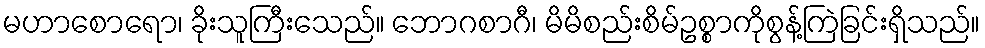
မဟာစောရော၊ ခိုးသူကြီးသေည်။ ဘောဂစာဂီ၊ မိမိစည်းစိမ်ဥစ္စာကိုစွန့်ကြဲခြင်းရှိသည်။